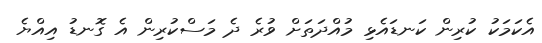
އެކަމަކު ކުރިން ކަނޑައެޅި މުއްދަތަށް ވުރެ ދެ މަސްކުރިން އެ ގޮނޑު އިއްޔެ